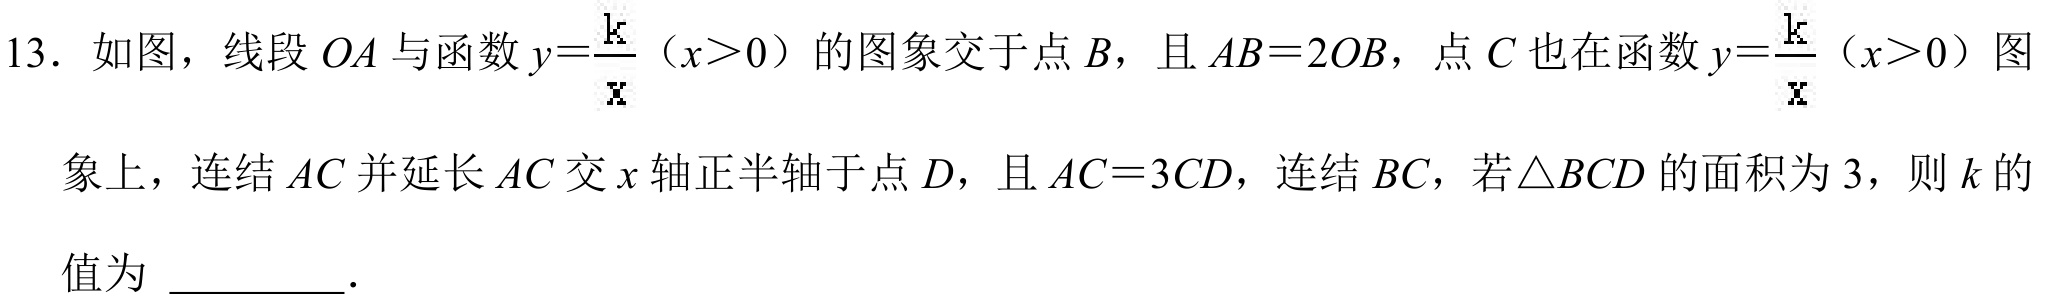
13. 如图，线段\(OA\)与函数\(y = \frac{k}{x}(x>0)\)的图象交于点\(B\)，且\(AB = 2OB\)，点\(C\)也在函数\(y=\frac{k}{x}(x > 0)\)图
象上，连结\(AC\)并延长\(AC\)交\(x\)轴正半轴于点\(D\)，且\(AC = 3CD\)，连结\(BC\)，若\(\triangle BCD\)的面积为\(3\)，则\(k\)的值为 \_\_\_\_\_。